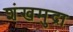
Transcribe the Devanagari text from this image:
शंखमुद्रा